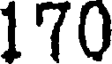
170